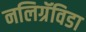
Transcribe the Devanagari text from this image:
नलिग्रॅविडा